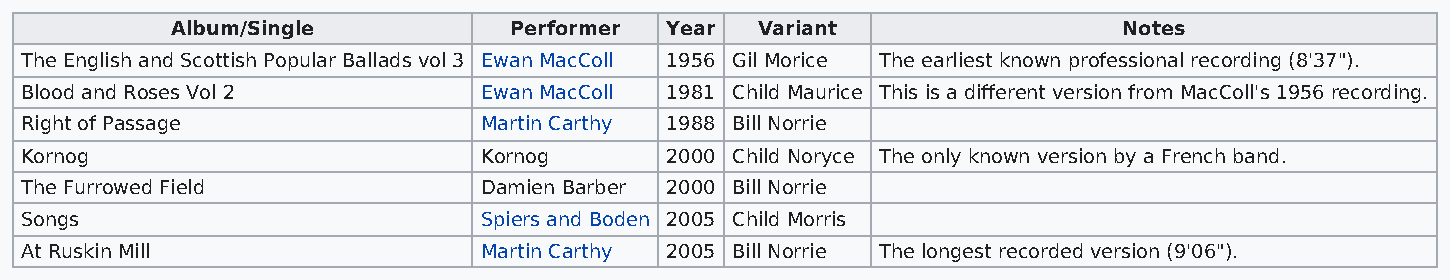
Album/Single           Performer Year  Variant                 Notes
 The English and Scottish Popular Ballads vol 3 Ewan MacColl 1956 Gil Morice The earliest known professional recording (8'37").
 Blood and Roses Vol 2          Ewan MacColl 1981 Child Maurice This is a different version from MacColl's 1956 recording.
 Right of Passage               Martin Carthy 1988 Bill Norrie
 Kornog                         Kornog      2000 Child Noryce The only known version by a French band.
 The Furrowed Field             Damien Barber 2000 Bill Norrie
 Songs                          Spiers and Boden 2005 Child Morris
 At Ruskin Mill                 Martin Carthy 2005 Bill Norrie The longest recorded version (9'06").